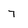
Character: 7